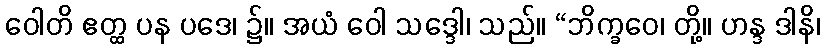
ဝေါတိ ဧတ္ထ ပန ပဒေ၊ ၌။ အယံ ဝေါ သဒ္ဒေါ၊ သည်။ “ဘိက္ခဝေ၊ တို့။ ဟန္ဒ ဒါနိ၊